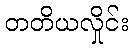
တတိယလှိုင်း